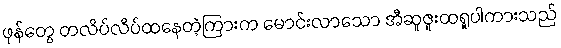
ဖုန်တွေ တလိပ်လိပ်ထနေတဲ့ကြားက မောင်းလာသော အီဆူဇူးထရူပါကားသည်